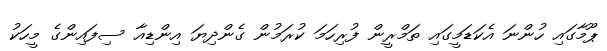
ޕޫމާގައި ހުންނަ އެކަޑަމީގައި ތަމްރީން ފުރިހަމަ ކުރަމުން ގެންދިޔަ އިންޑިއާ ސިފައިންގެ މީހަކު